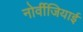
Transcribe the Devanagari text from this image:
नोर्वीजियाई